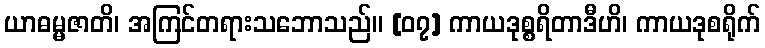
ယာဓမ္မဇာတိ၊ အကြင်တရားသဘောသည်။ [၀၇] ကာယဒုစ္စရိတာဒီဟိ၊ ကာယဒုစရိုက်